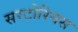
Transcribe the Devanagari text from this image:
सरटोरियस